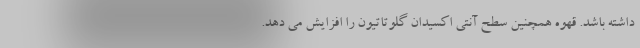
داشته باشد. قهوه همچنین سطح آنتی اکسیدان گلوتاتیون را افزایش می دهد.